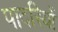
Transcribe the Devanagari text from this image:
पादरियों